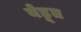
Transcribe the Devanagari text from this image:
येडूत